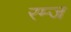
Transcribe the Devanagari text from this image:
रम्ज